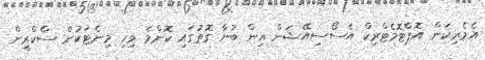
އެމެރިކަން އޮޕްޓޮމެޓްރިކް އެސޯސިއޭޝަން އިން ބުނާ ގޮތުގައި ކޮންމެ ވިހި މިނެޓަކުން ސްކްރީން